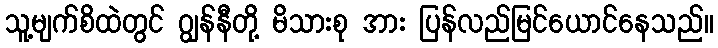
သူ့မျက်စိထဲတွင် ဂျွန်နီတို့ မိသားစု အား ပြန်လည်မြင်ယောင်နေသည်။